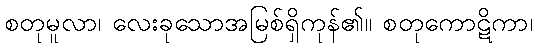
စတုမူလာ၊ လေးခုသောအမြစ်ရှိကုန်၏။ စတုကောဋိကာ၊